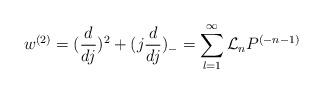
LaTeX: \begin{align*}w^{(2)}=(\frac{d}{dj})^{2}+(j \frac{d}{dj})_-=\sum_{l=1}^{\infty}{\cal L}_nP^{(-n-1)}\end{align*}